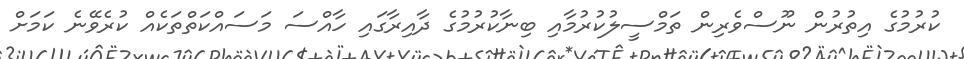
ކުރުމުގެ އިތުރުން ނޫސްވެރިން ތަމްސީލުކުރުމާއި ބިނާކުރުމުގެ ދާއިރާގައި ހާއްސަ މަސައްކަތްތަކެއް ކުރެވޭނެ ކަމަށް